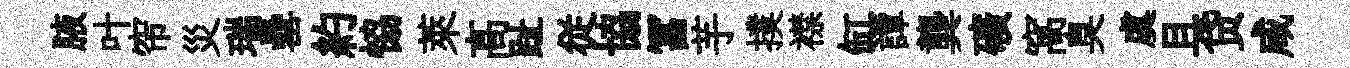
腋叶帘災瑞罍約恊萊髙趾従協冨芋撲襟缸譚龔礦窩臭虞且贷咸